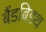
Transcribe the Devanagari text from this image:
बैंडबिडथ